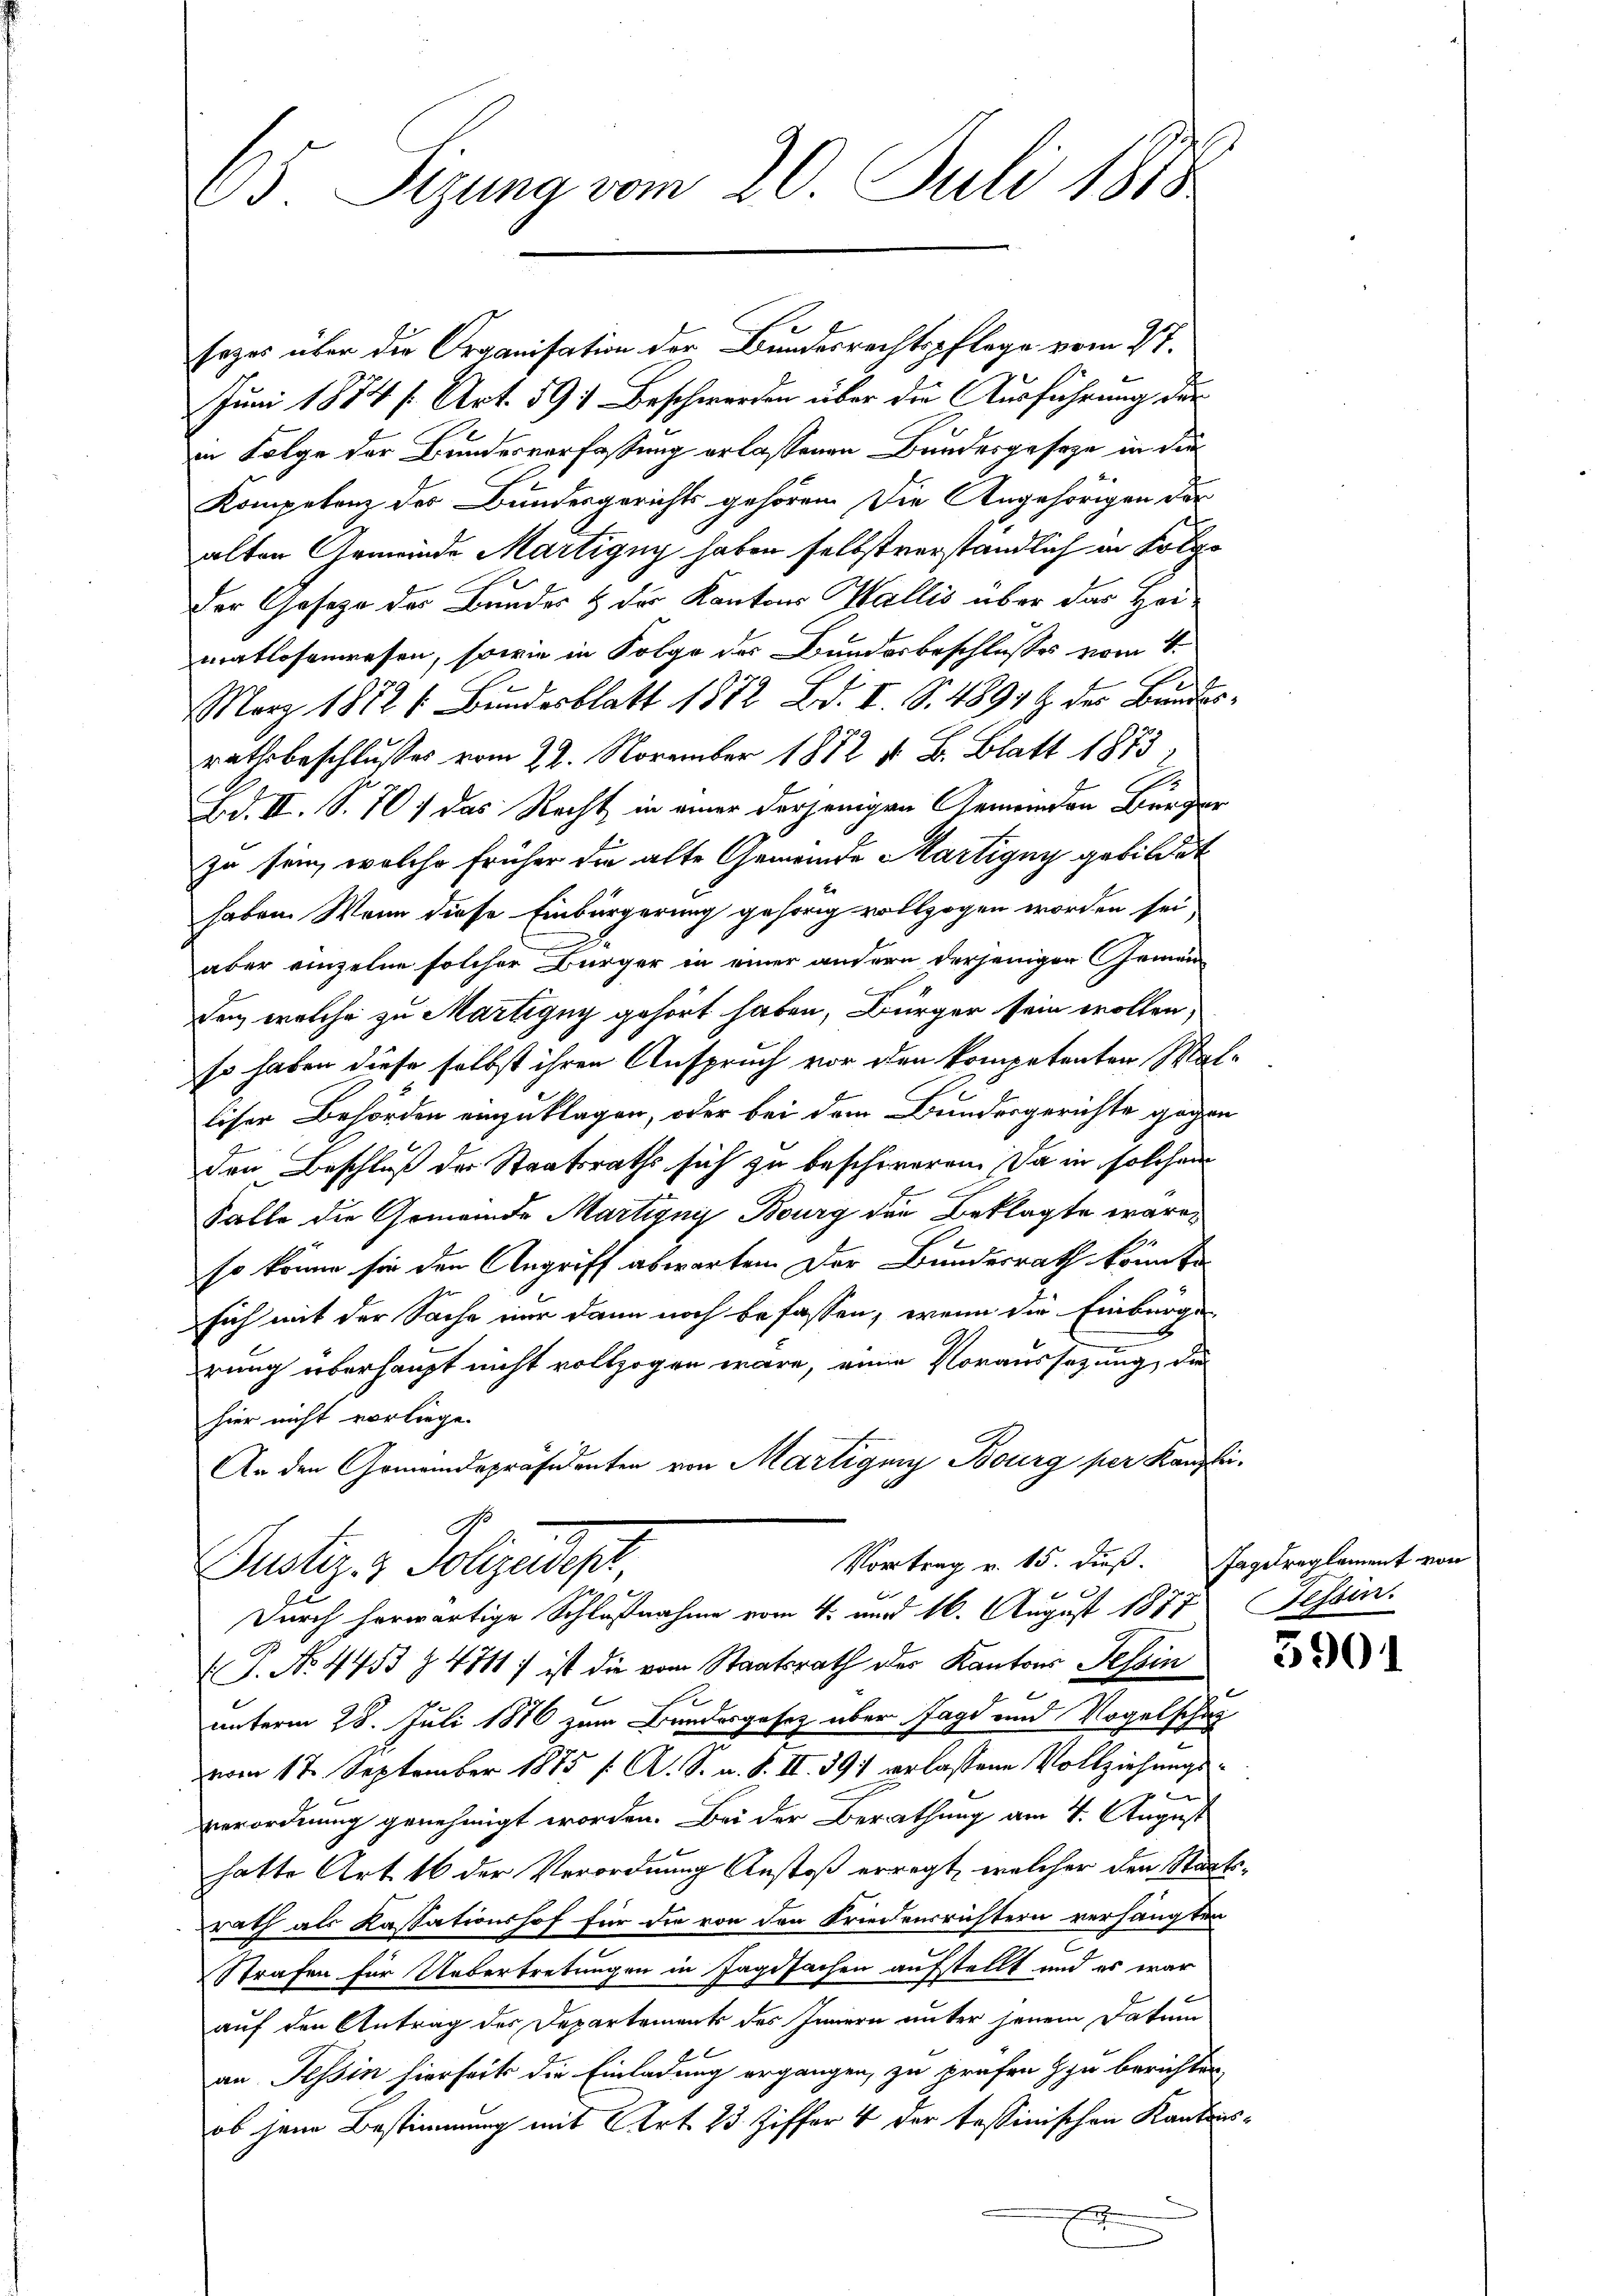
65. Sizung vom 20. Juli 1818.

sezes über die Organisation der Bundesrechtspflege vom 27.
Juni 1874 f. Art. 591 Beschwerden über die Ausführung der
in Folge der Bundesverfassung erlassenen Bundesgeseze in die
Kompetenz des Bundesgerichts gehören Die Angehörigen der
alten Gemeinde Martigny haben selbstverständlich in Folge
der Gesetze des Bundes & der Kantons Wallis über das Heimatlosenwesen, sowie in Folge des Bundesbeschlusses vom 4.
März 1872 (Bundesblatt 1872 Bd. I. S. 4891 Z. des Bundesrathsbeschlusses vom 22. November 1872 u. B. Blatt 1873
Bd. II. S. 701 das Recht in einer derjenigen Gemeinden Bürger
zu sein, welche früher die alte Gemeinde Martigny gebildet
haben. Wenn diese Einbürgerung gehörig vollzogen worden sei
aber einzelne solcher Bürger in einer andern derjenigen Gemeinden, welche zu Martigny gehört haben, Bürger sein wollen,
so haben diese selbst ihren Anspruch vor den kompetenten Walliser Behörden einzuklagen, oder bei dem Bundesgerichte gegen
den Beschluß der Staatsraths sich zu beschweren. Da in solchen
Falle die Gemeinde Martignys Bourg der Beklagte waren
so könne sie den Angriff abwarten. Der Bundesrath könnte.
sich mit der Sache nur dann noch befassen, wenn die Einberge
rung überhaupt nicht vollzogen wäre, eine Voraussetzung, die
hier nicht vorliege.
An den Gemeindepräsidenten von Martigung Bourg per Kanzlei-
Vortrag v. 15. dieß. Ingetreglement von
Justiz- & Polizeidiger,
Durch herwärtige Schlußnahme vom 4. und 16. August 1877 essin.
T. No. 443 § 4711. ist die vom Staatsrath des Kantons Tessin
unterm 28. Juli 1876 zum Bundesgesetz über Jagd und Vogelscha
vom 17. September 1875 /: A. S. u. S. II. 391 erlassene Vollziehungsverordnung genehmigt worden. Bei der Berathung am 4. August
hatte Art 16 der Verordnung Anstoß erregt, welcher den Staatsrath als Kassationshof für die von den Friedensrichtern verhängten
Strafen für Uebertretungen in Tagsachen aufstellt und es war
auf den Antrag des Departement des Innern unter jenem Datum
an Tessin hierseits die Einladung ergangen, zu prüfen Ihn berichten,
ob jene Bestimmung mit Art. 23. Ziffer 4 der tessinischen Kantons¬

5901